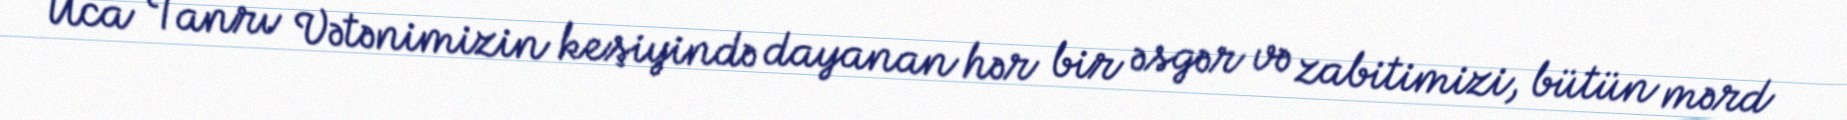
Uca Tanrı Vətənimizin keşiyində dayanan hər bir əsgər və zabitimizi, bütün mərd